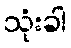
သုံးခါ